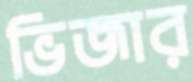
ভিজার